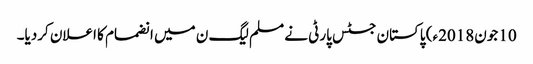
10 جون2018ء) پاکستان جسٹس پارٹی نے مسلم لیگ ن میں انضمام کا اعلان کردیا۔